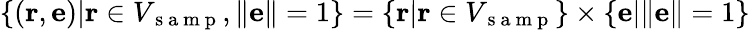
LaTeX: \{ (\mathbf{r},\mathbf{e})|\mathbf{r}\in V_{\mathrm{~s~a~m~p~}},\| \mathbf{e}\| =1\} =\{ \mathbf{r}|\mathbf{r}\in V_{\mathrm{~s~a~m~p~}}\} \times\{ \mathbf{e}|\| \mathbf{e}\| =1\}